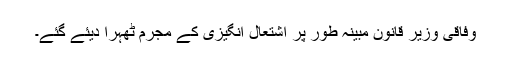
وفاقی وزیر قانون مبینہ طور پر اشتعال انگیزی کے مجرم ٹھہرا دیئے گئے۔